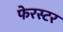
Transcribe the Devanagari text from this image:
फेरस्टर